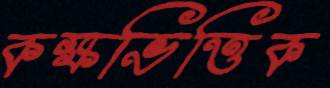
কক্ষভিত্তিক